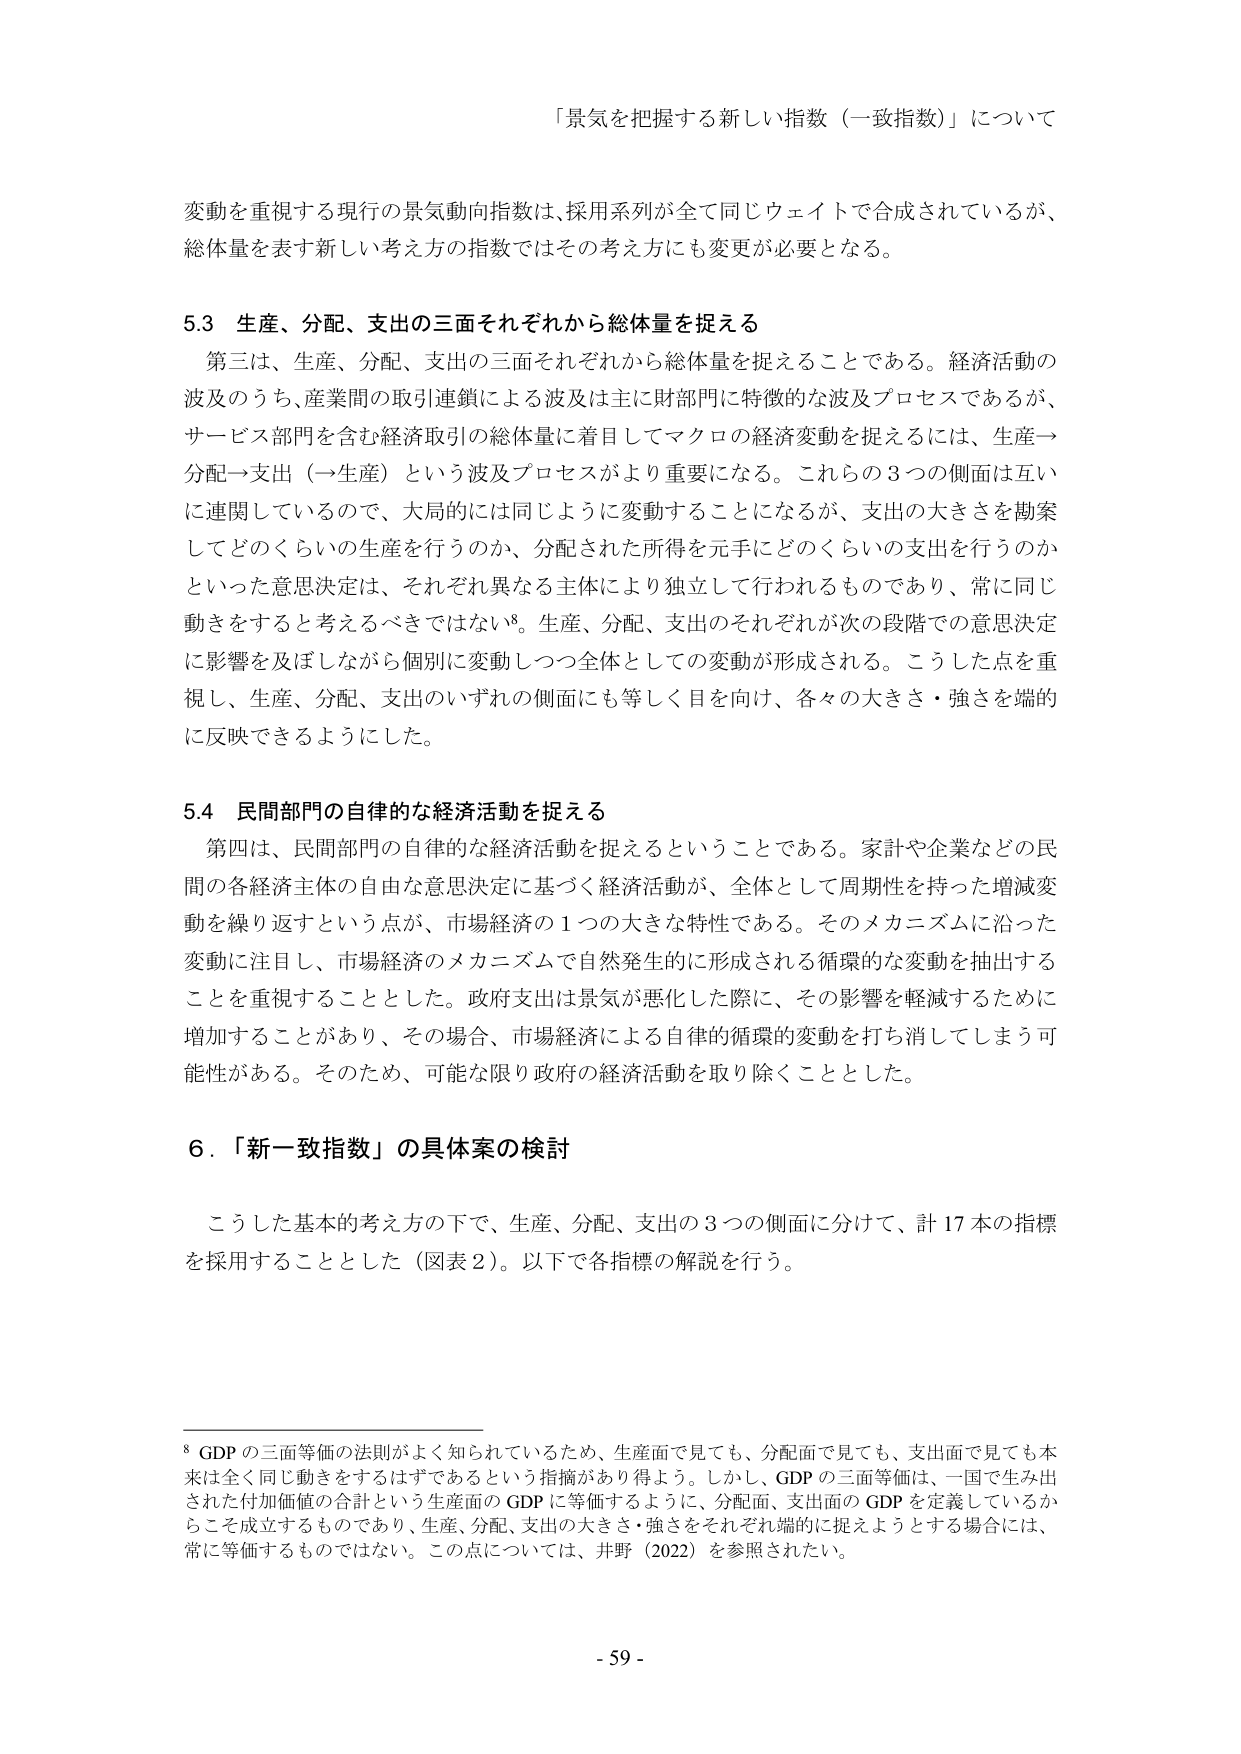
「景気を把握する新しい指数（一致指数）」について

変動を重視する現行の景気動向指数は、採用系列が全て同じウェイトで合成されているが、
総体量を表す新しい考え方の指数ではその考え方にも変更が必要となる。

5.3 生産、分配、支出の三面それぞれから総体量を捉える
　第三は、生産、分配、支出の三面それぞれから総体量を捉えることである。経済活動の
波及のうち、産業間の取引連鎖による波及は主に財部門に特徴的な波及プロセスであるが、
サービス部門を含む経済取引の総体量に着目してマクロの経済変動を捉えるには、生産→
分配→支出（→生産）という波及プロセスがより重要になる。これらの3つの側面は互い
に連関しているので、大局的には同じように変動することになるが、支出の大きさを勘案
してどのくらいの生産を行うのか、分配された所得を元手にどのくらいの支出を行うのか
といった意思決定は、それぞれ異なる主体により独立して行われるものであり、常に同じ
動きをすると考えるべきではない⁸。生産、分配、支出のそれぞれが次の段階での意思決定
に影響を及ぼしながら個別に変動しつつ全体としての変動が形成される。こうした点を重
視し、生産、分配、支出のいずれの側面にも等しく目を向け、各々の大きさ・強さを端的
に反映できるようにした。

5.4 民間部門の自律的な経済活動を捉える
　第四は、民間部門の自律的な経済活動を捉えるということである。家計や企業などの民
間の各経済主体の自由な意思決定に基づく経済活動が、全体として周期性を持った増減変
動を繰り返すという点が、市場経済の1つの大きな特性である。そのメカニズムに沿った
変動に注目し、市場経済のメカニズムで自然発生的に形成される循環的な変動を抽出する
ことを重視することとした。政府支出は景気が悪化した際に、その影響を軽減するために
増加することがあり、その場合、市場経済による自律的循環的変動を打ち消してしまう可
能性がある。そのため、可能な限り政府の経済活動を取り除くこととした。

6．「新一致指数」の具体案の検討
　こうした基本的考え方の下で、生産、分配、支出の3つの側面に分けて、計17本の指標
を採用することとした（図表2）。以下で各指標の解説を行う。

⁸ GDPの三面等価の法則がよく知られているため、生産面で見ても、分配面で見ても、支出面で見ても本
来は全く同じ動きをするはずであるという指摘があり得よう。しかし、GDPの三面等価は、一国で生み出
された付加価値の合計という生産面のGDPに等価するように、分配面、支出面のGDPを定義しているか
らこそ成立するものであり、生産、分配、支出の大きさ・強さをそれぞれ端的に捉えようとする場合には、
常に等価するものではない。この点については、井野（2022）を参照されたい。

- 59 -